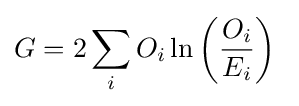
G=2\sum _{i}{O_{i}\ln \left({\frac {O_{i}}{E_{i}}}\right)}~